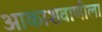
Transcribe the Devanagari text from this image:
आकाशवाणीला